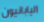
اليابانيون